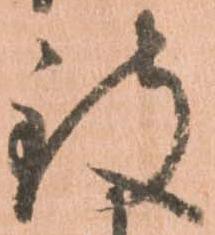
致